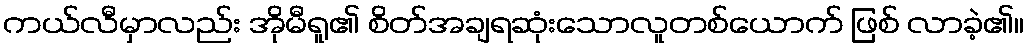
ကယ်လီမှာလည်း အိုမီရူ၏ စိတ်အချရဆုံးသောလူတစ်ယောက် ဖြစ် လာခဲ့၏။